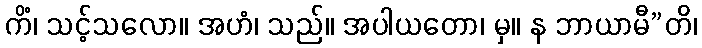
ကိံ၊ သင့်သလော။ အဟံ၊ သည်။ အပါယတော၊ မှ။ န ဘာယာမီ”တိ၊